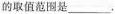
的取值范围是___.